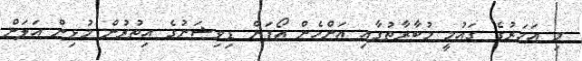
މި އަހަރުގެ ގައުމީ މުބާރާތުގާއި އަންހެން އޯޕަން ޑިވިޝަނުގެ އިތުރުން މުޅިން އަލަށް